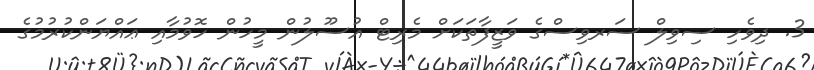
3. ދިވެހި ސިވިލް ސަރވިސްގެ ވަޒީފާތަކަށް މެރިޓް އުސޫލުން މީހުން ހޮވުމާއި ޢައްޔަންކުރުމުގެ